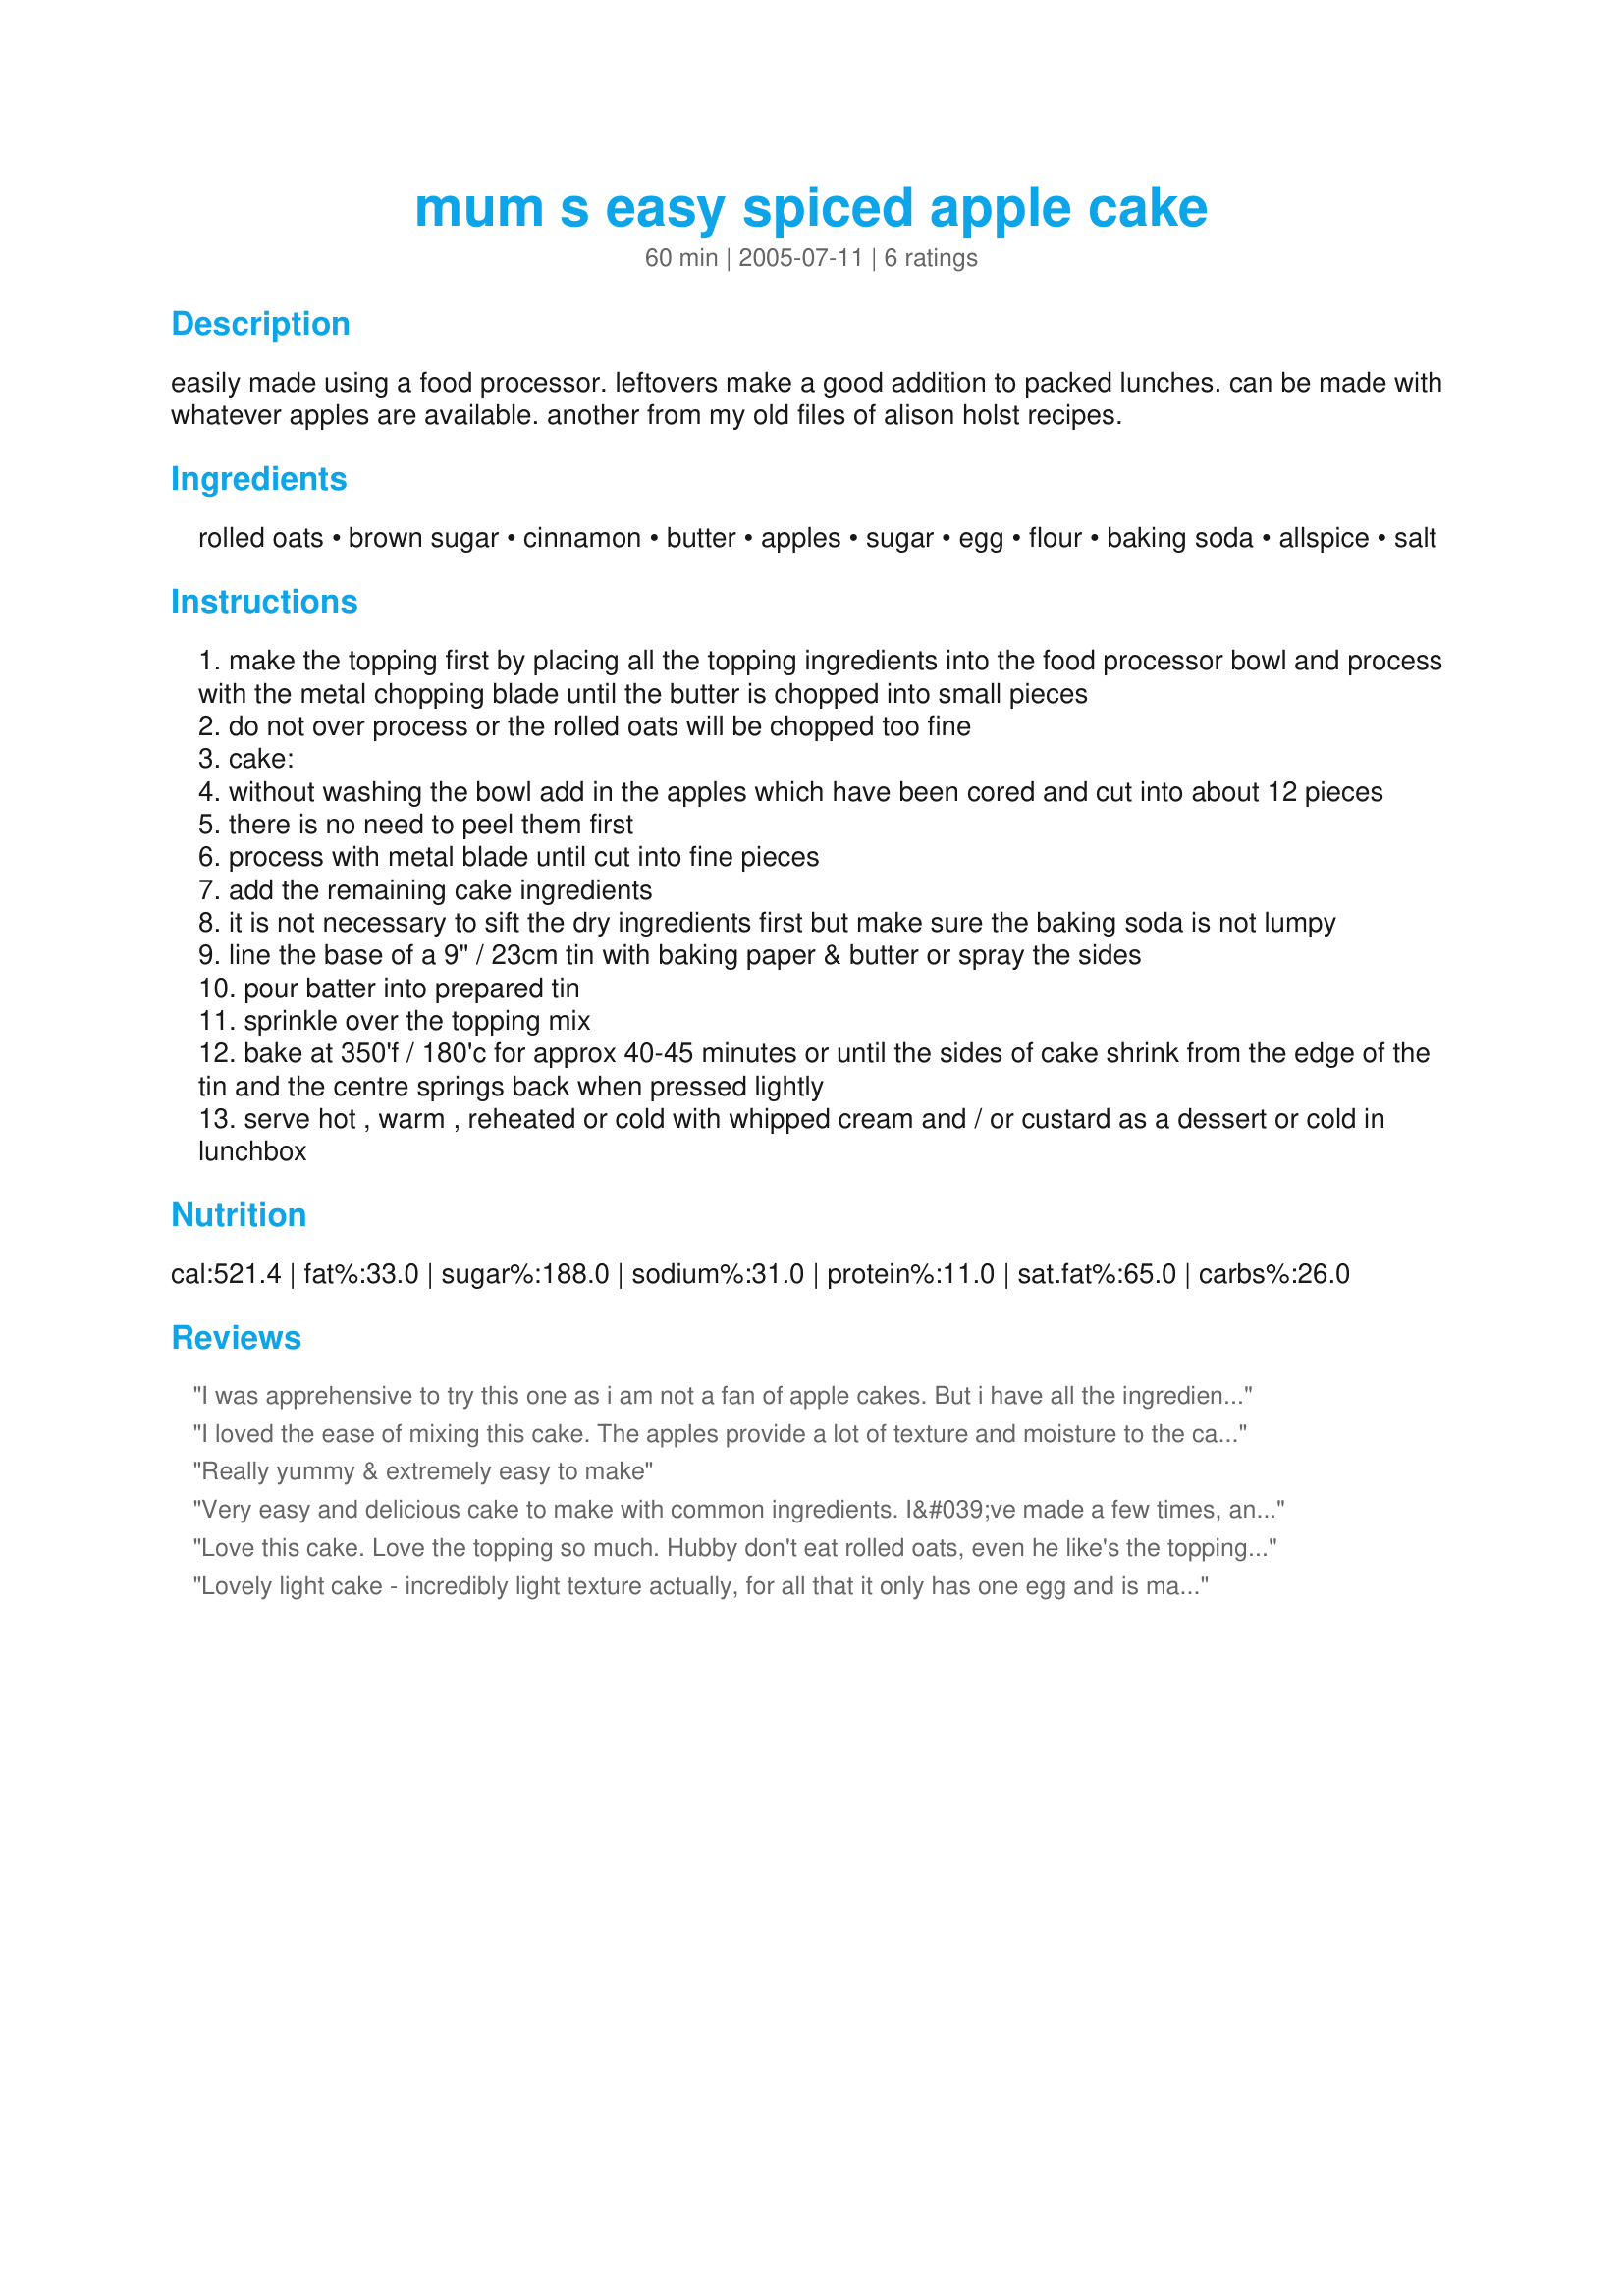
mum s easy spiced apple cake
Preparation time: 60 minutes

easily made using a food processor. leftovers make a good addition to packed lunches. can be made with whatever apples are available. another from my old files of alison holst recipes.

Ingredients:
rolled oats, brown sugar, cinnamon, butter, apples, sugar, egg, flour, baking soda, allspice, salt

Steps:
make the topping first by placing all the topping ingredients into the food processor bowl and process with the metal chopping blade until the butter is chopped into small pieces
do not over process or the rolled oats will be chopped too fine
cake:
without washing the bowl add in the apples which have been cored and cut into about 12 pieces
there is no need to peel them first
process with metal blade until cut into fine pieces
add the remaining cake ingredients
it is not necessary to sift the dry ingredients first but make sure the baking soda is not lumpy
line the base of a 9" / 23cm tin with baking paper & butter or spray the sides
pour batter into prepared tin
sprinkle over the topping mix
bake at 350'f / 180'c for approx 40-45 minutes or until the sides of cake shrink from the edge of the tin and the centre springs back when pressed lightly
serve hot , warm , reheated or cold with whipped cream and / or custard as a dessert or cold in lunchbox

Reviews:
I was apprehensive to try this one as i am not a fan of apple cakes. But i have all the ingredients on hand, decided to try it. It was very easy to prepare, did only the topping and the apples in the food processor (i only have the 2cup kind) and did the rest using a hand held mixer. Very easy to follow instructions and the cake turned out very light (and crumbly). My husband had 3 servings though he said he was very full after we had dinner. That says a lot!!
I loved the ease of mixing this cake. The apples provide a lot of texture and moisture to the cake. I did use 1/2 sugar and 1/2 Splenda in the cake and baked it in an 8 inch square pan. This produced a cake with nice volume. It is great as is or can be easily dressed up with frozen vanilla yogurt and warmed caramel sauce.
Really yummy & extremely easy to make
Very easy and delicious cake to make with common ingredients. I&#039;ve made a few times, and it always pleases. Substitutions/variations I&#039;ve tried: toasted walnut oil in place of some of the butter, adding walnuts to the topping, using Mixed Sweet Spice in place of the cinnamon and nutmeg.
Love this cake. Love the topping so much. Hubby don't eat rolled oats, even he like's the topping.
Made mine in a loaf pan, that helps with hubby's lunch box.
Lovely light cake - incredibly light texture actually, for all that it only has one egg and is made in the processor. I substitute Nuttelex (dairy-free)margarine for the butter which works just fine. I've made this twice now, once for home and once for a fund-raiser, and it's been very well-received both times. AND I love how easy it is to make! Thanks for posting... :)
